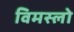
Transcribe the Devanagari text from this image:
विमस्लो